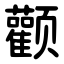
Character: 颧